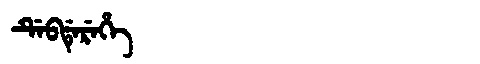
Manchu: ᡩᡝᠪᡩᡝᡵᡝᡥᡝ
Romanization: DEBDEREHE